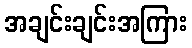
အချင်းချင်းအကြား